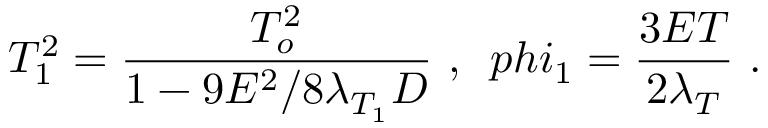
T _ { 1 } ^ { 2 } = { \frac { T _ { o } ^ { 2 } } { 1 - 9 E ^ { 2 } / 8 \lambda _ { T _ { 1 } } D } } \ , \ \, p h i _ { 1 } = { \frac { 3 E T } { 2 \lambda _ { T } } } \ .